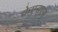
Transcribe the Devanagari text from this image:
केएस्‌एस्‌